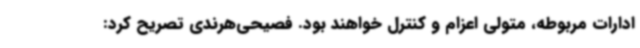
ادارات مربوطه، متولی اعزام و کنترل خواهند بود. فصیحی‌هرندی تصریح کرد: